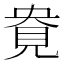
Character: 𰴎